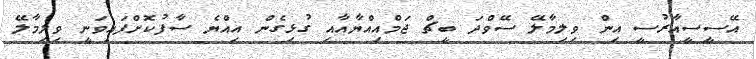
އޭސީސީއާރުސީ އިން ވިލިމާލޭ ސޭވްދަ ބީޗް ޖަމްއިއްޔާއާއި ގުޅިގެން އިއްޔެ ސާފުކޮށްފައިވަނީ ވިލިމާލޭ